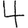
Digit: 4